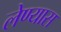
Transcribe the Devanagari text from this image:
लेण्यास